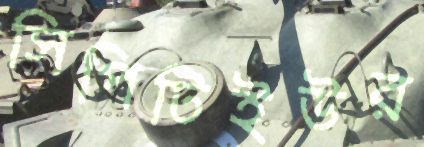
সিপিটিইউর